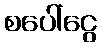
စပေါ်ငွေ